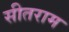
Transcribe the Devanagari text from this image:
सीतराम